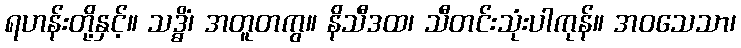
ရဟန်းတို့နှင့်။ သဒ္ဓိံ၊ အတူတကွ။ နိသီဒထ၊ သီတင်းသုံးပါကုန်။ အဝသေသာ၊